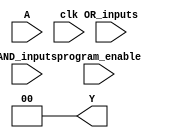
module gal_clb (
    input wire [N-1:0] A,         // Inputs: A, B, C, ... (N total)
    input wire [M-1:0] AND_inputs, // Configuration for AND gates (M total)
    input wire [P-1:0] OR_inputs,  // Configuration for OR gates (P total)
    input wire program_enable,      // Enable for programming the GAL
    input wire clk,                 // Clock signal (for any synchronous operations)
    output wire [Q-1:0] Y          // Outputs: Y1, Y2, ... (Q total)
);

parameter N = 8; // Number of input bits
parameter M = 4; // Number of AND gates
parameter P = 2; // Number of OR gates
parameter Q = 2; // Number of output bits

// Internal signals
wire [M-1:0] and_outputs; // Outputs from AND gates
wire [P-1:0] or_outputs;  // Outputs from OR gates

// AND gates implementation
generate
    genvar i;
    for (i = 0; i < M; i = i + 1) begin : and_gates
        assign and_outputs[i] = (AND_inputs[i]) ? (A[i] & B[i]) : 1'b0; // Example AND operation, configurable
    end
endgenerate

// OR gates implementation
generate
    genvar j;
    for (j = 0; j < P; j = j + 1) begin : or_gates
        assign or_outputs[j] = or_inputs[j] ? (and_outputs[j] | and_outputs[j + 1]) : 1'b0; // Example OR operation
    end
endgenerate

// Output assignment
assign Y = program_enable ? or_outputs : 0; // Outputs driven by OR gates when programmed

endmodule